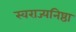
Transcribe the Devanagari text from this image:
स्वराज्यनिष्ठा